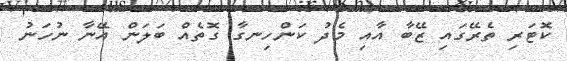
ކޮޓަރި ތެރޭގައި ޒޭބާ އާއި މެދު ކަންހިނގާ ގޮތެއް ބަލަން އޭނާ ނުހަނު